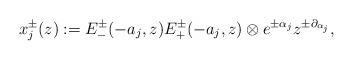
LaTeX: \begin{align*}x_{j}^{\pm}(z)&:=E_{-}^{\pm}(-a_{j},z)E_{+}^{\pm}(-a_{j},z)\otimes e^{\pm\alpha_{j}}z^{\pm\partial_{\alpha_{j}}},\end{align*}